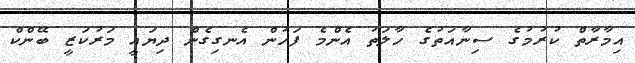
އިމާރާތް ކުރުމުގެ ސިނާއަތުގެ ހާލަތު އެންމެ ފަހުން އެނގިގެން ދިޔައީ މަރުކަޒީ ބޭންކް